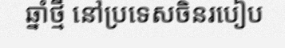
ឆ្នាំថ្មី នៅប្រទេសចិនរបៀប